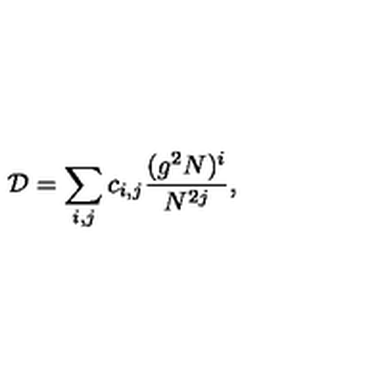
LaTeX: { \cal D } = \sum _ { i , j } c _ { i , j } \frac { ( g ^ { 2 } N ) ^ { i } } { N ^ { 2 j } } ,